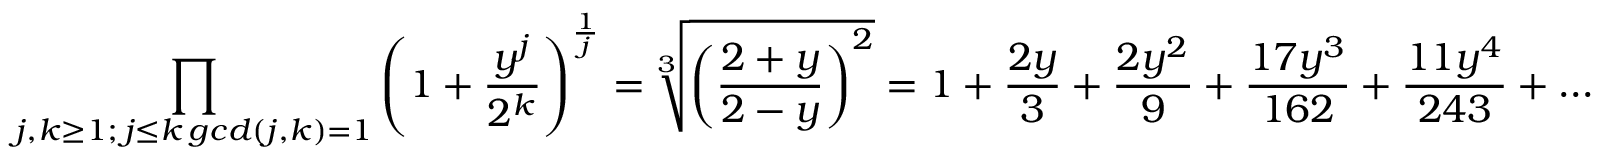
\prod _ { \substack { j , k \geq 1 ; \, j \leq k \, g c d ( j , k ) = 1 } } \left( 1 + \frac { y ^ { j } } { 2 ^ { k } } \right) ^ { \frac { 1 } { j } } = \sqrt [ 3 ] { \left( \frac { 2 + y } { 2 - y } \right) ^ { 2 } } = 1 + \frac { 2 y } { 3 } + \frac { 2 y ^ { 2 } } { 9 } + \frac { 1 7 y ^ { 3 } } { 1 6 2 } + \frac { 1 1 y ^ { 4 } } { 2 4 3 } + \ldots